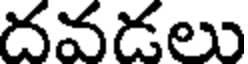
దవడలు